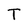
Character: T